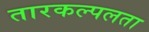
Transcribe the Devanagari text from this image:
तारकल्पलता